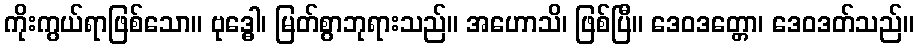
ကိုးကွယ်ရာဖြစ်သော။ ဗုဒ္ဓေါ၊ မြတ်စွာဘုရားသည်။ အဟောသိ၊ ဖြစ်ပြီ။ ဒေဝဒတ္တော၊ ဒေဝဒတ်သည်။